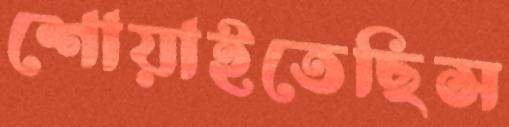
শোয়াইতেছিস